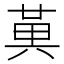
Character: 𭁔